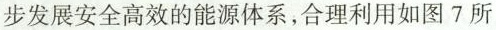
步发展安全高效的能源体系，合理利用如图7所